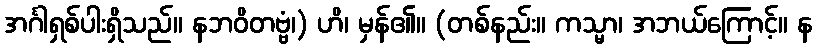
အင်္ဂါရှစ်ပါးရှိသည်။ နဘဝိတဗ္ဗံ၊) ဟိ၊ မှန်၏။ (တစ်နည်း။ ကသ္မာ၊ အဘယ်ကြောင့်။ န